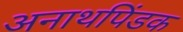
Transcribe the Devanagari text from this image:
अनाथपिंडक